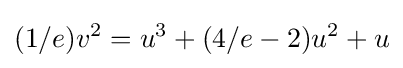
(1/e)v^{2}=u^{3}+(4/e-2)u^{2}+u